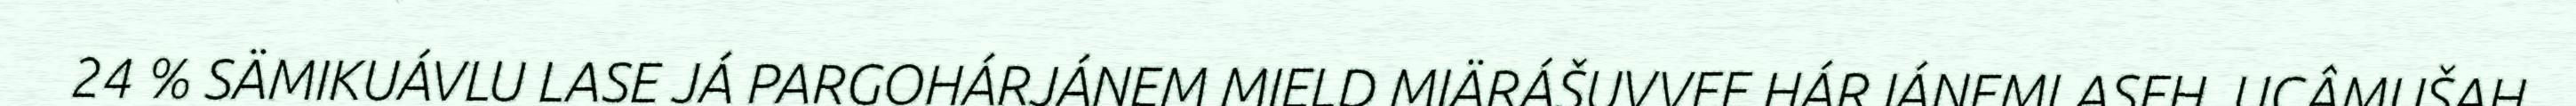
24 % SÄMIKUÁVLU LASE JÁ PARGOHÁRJÁNEM MIELD MIÄRÁŠUVVEE HÁRJÁNEMLASEH. UCÂMUŠAH